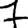
Digit: 7